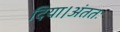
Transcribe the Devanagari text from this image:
दिया।अंततः